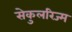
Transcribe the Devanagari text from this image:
सेकुलरिज्म